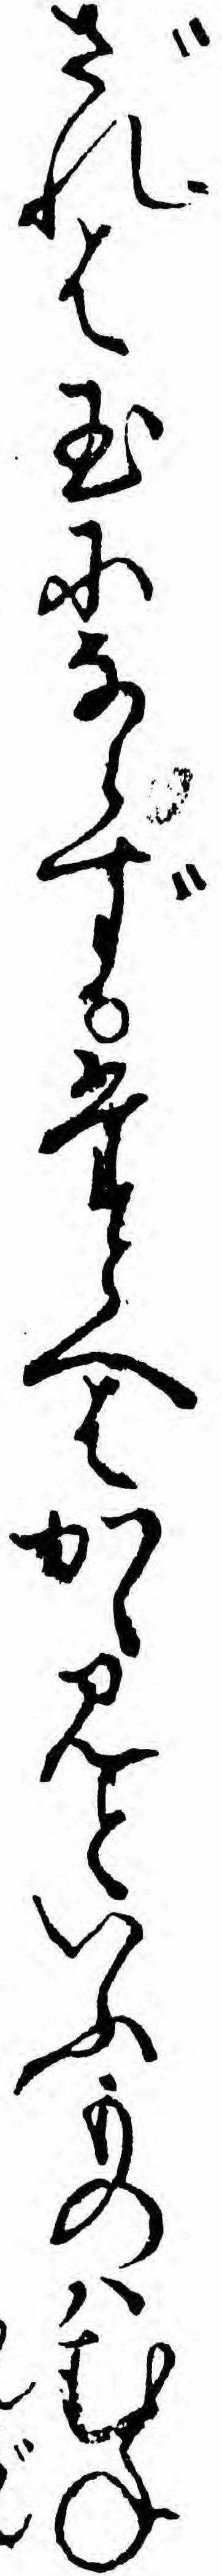
ざれは玉にならずたとへはかゝみといふものハむね